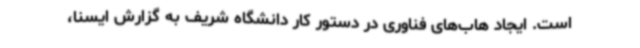
است. ایجاد هاب‌های فناوری در دستور کار دانشگاه شریف به گزارش ایسنا،